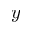
y